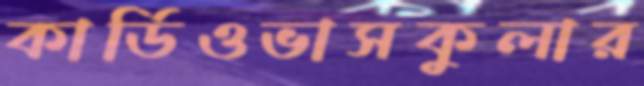
কার্ডিওভাসকুলার